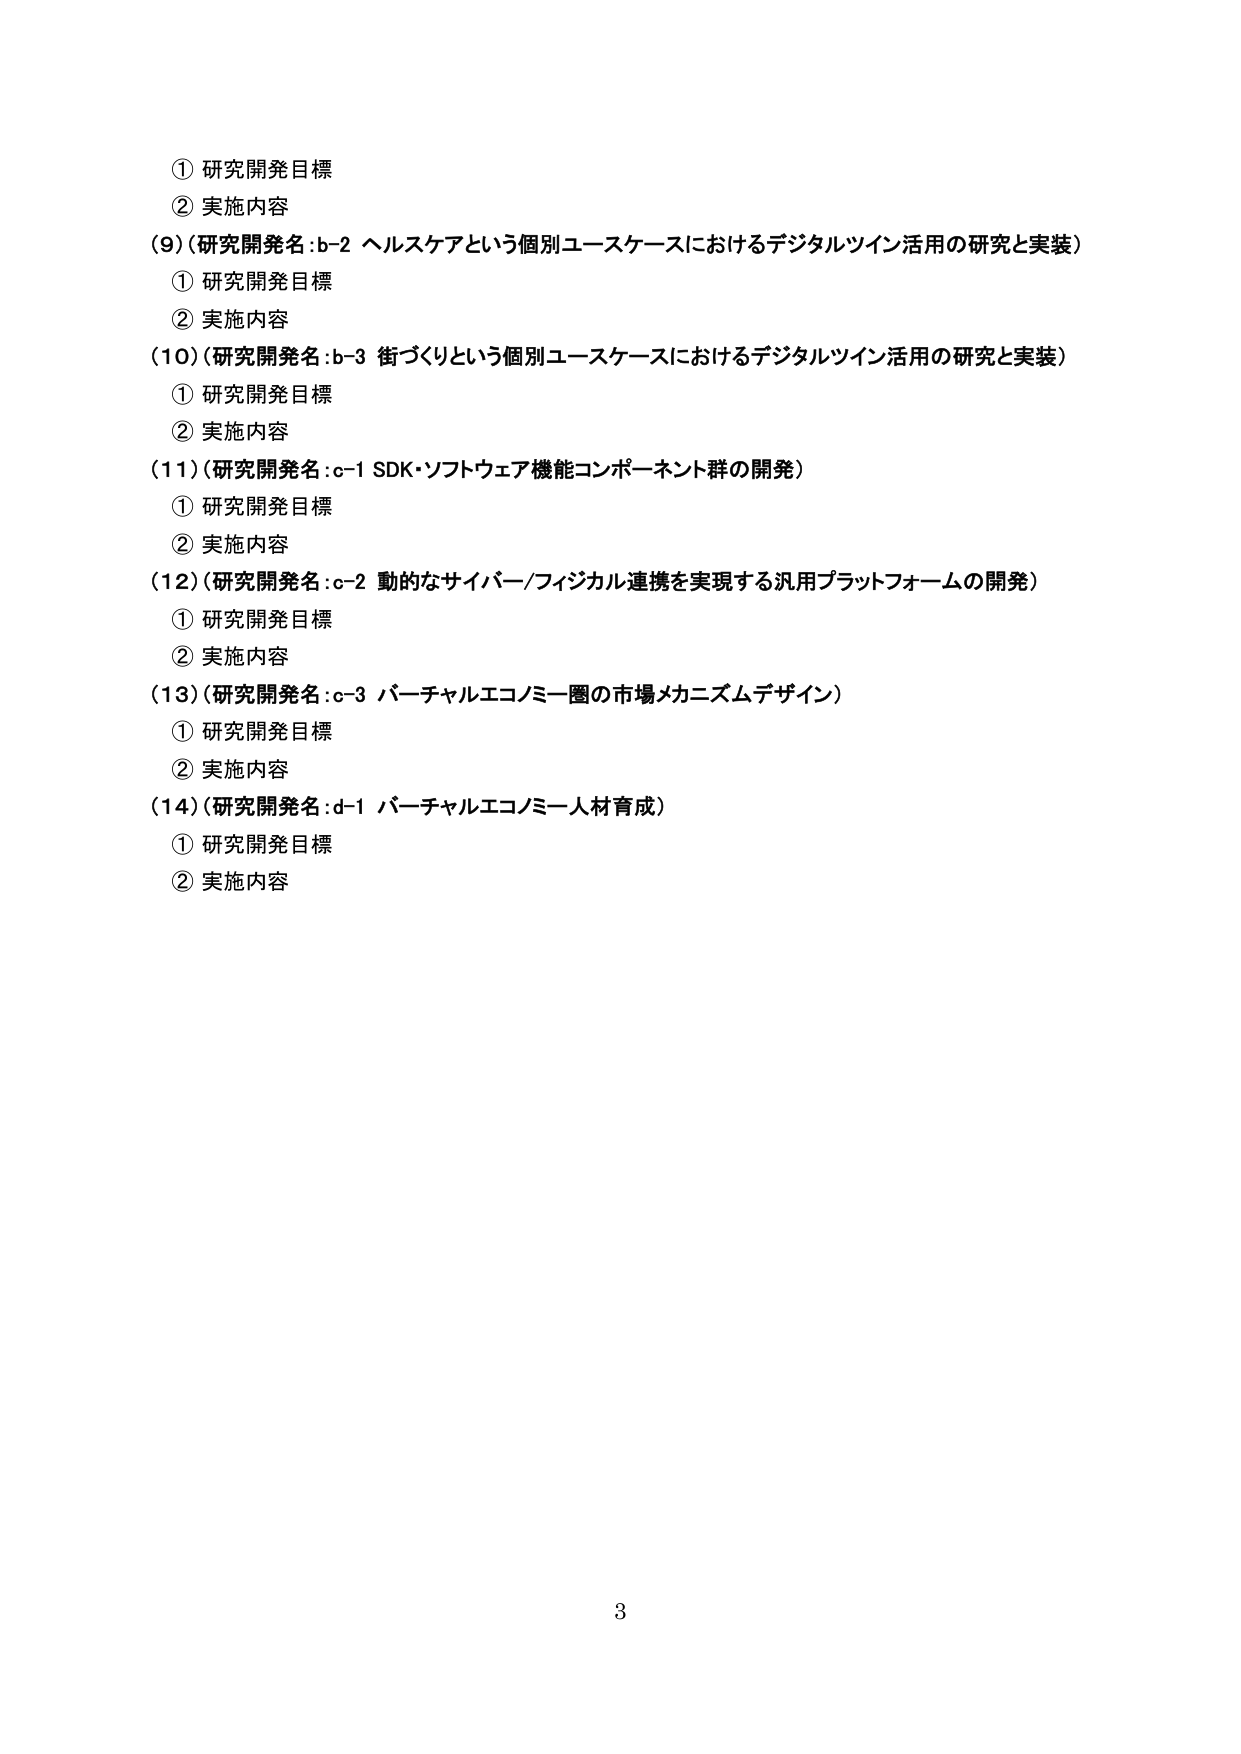
① 研究開発目標
② 実施内容
(9)（研究開発名：b-2 ヘルスケアという個別ユースケースにおけるデジタルツイン活用の研究と実装）
① 研究開発目標
② 実施内容
(10)（研究開発名：b-3 街づくりという個別ユースケースにおけるデジタルツイン活用の研究と実装）
① 研究開発目標
② 実施内容
(11)（研究開発名：c-1 SDK・ソフトウェア機能コンポーネント群の開発）
① 研究開発目標
② 実施内容
(12)（研究開発名：c-2 動的なサイバー/フィジカル連携を実現する汎用プラットフォームの開発）
① 研究開発目標
② 実施内容
(13)（研究開発名：c-3 バーチャルエコノミー圏の市場メカニズムデザイン）
① 研究開発目標
② 実施内容
(14)（研究開発名：d-1 バーチャルエコノミー人材育成）
① 研究開発目標
② 実施内容
3